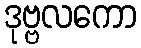
ဒုဗ္ဗလကော